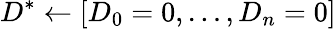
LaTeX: D^{*}\gets[D_{0}=0,\dots,D_{n}=0]